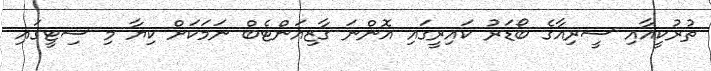
ތުރުކީއާއި ސީރިއާގެ ބޯޑަރު ކައިރީގައި އޮންނަ ގާޒިއަންޓެބް ނަމަކަށް ކިޔާ މި ސިޓީގައި